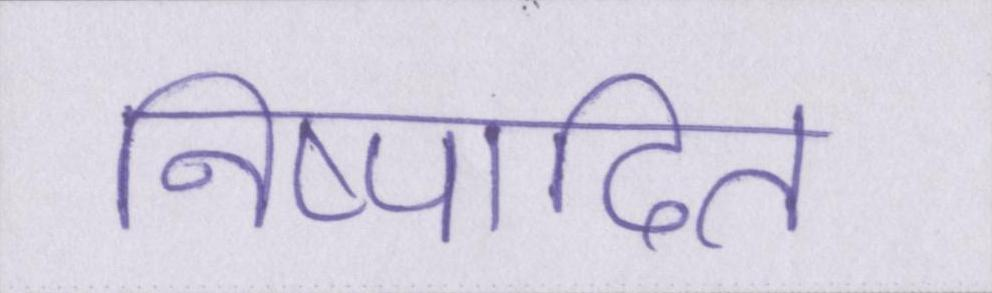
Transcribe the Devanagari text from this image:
निष्पादित